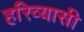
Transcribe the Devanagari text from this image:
हरिव्यासी